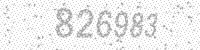
Solution: 826983